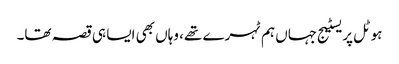
ہوٹل پریسٹیج جہاں ہم ٹہرے تھے، وہاں بھی ایسا ہی قصہ تھا۔